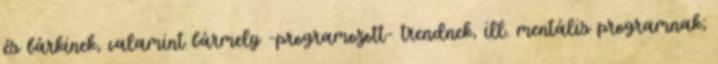
és bárkinek, valamint bármely -programozott- trendnek, ill. mentális programnak;